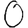
Digit: 0